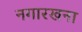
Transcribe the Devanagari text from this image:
नगारखना